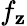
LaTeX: f_{\mathbf{z}}